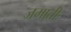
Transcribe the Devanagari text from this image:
जमातीः